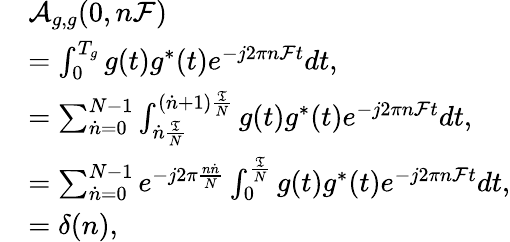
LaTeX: \begin{array}{rl}&{\mathcal A_{g,g}(0,n\mathcal F)}\\ &{=\int_{0}^{T_{g}}g(t)g^{*}(t)e^{-j2\pi n\mathcal Ft}dt,}\\ &{=\sum_{\dot{n}=0}^{N-1}\int_{\dot{n}\frac{\mathfrak T}{N}}^{(\dot{n}+1)\frac{\mathfrak T}{N}}g(t)g^{*}(t)e^{-j2\pi n\mathcal Ft}dt,}\\ &{=\sum_{\dot{n}=0}^{N-1}e^{-j2\pi\frac{n\dot{n}}{N}}\int_{0}^{\frac{\mathfrak T}{N}}g(t)g^{*}(t)e^{-j2\pi n\mathcal Ft}dt,}\\ &{=\delta(n),}\end{array}